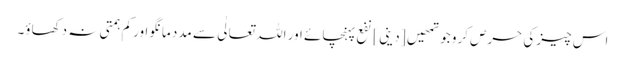
اس چیز کی حرص کرو جو تمھیں [ دینی ] نفع پہنچائے اور اللہ تعالٰی سے مدد مانگو اور کم ہمتی نہ دکھاؤ۔